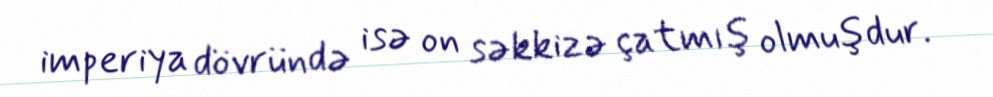
imperiya dövründə isə on səkkizə çatmış olmuşdur.